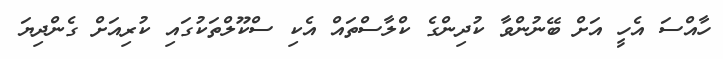
ހާއްސަ އެހީ އަށް ބޭނުންވާ ކުދިންގެ ކްލާސްތައް އެކި ސްކޫލްތަކުގައި ކުރިއަށް ގެންދިޔަ